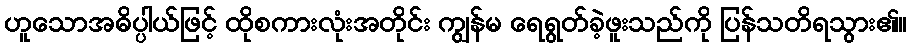
ဟူသောအဓိပ္ပါယ်ဖြင့် ထိုစကားလုံးအတိုင်း ကျွန်မ ရေရွတ်ခဲ့ဖူးသည်ကို ပြန်သတိရသွား၏။